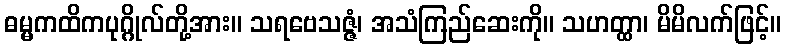
ဓမ္မကထိကပုဂ္ဂိုလ်တို့အား။ သရဗေသဇ္ဇံ၊ အသံကြည်ဆေးကို။ သဟတ္ထာ၊ မိမိလက်ဖြင့်။